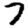
Digit: 7